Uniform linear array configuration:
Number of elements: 4
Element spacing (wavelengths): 0.5
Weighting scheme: uniform
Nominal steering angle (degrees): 60
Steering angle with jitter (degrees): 58.109
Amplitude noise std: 0.05
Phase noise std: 0.05

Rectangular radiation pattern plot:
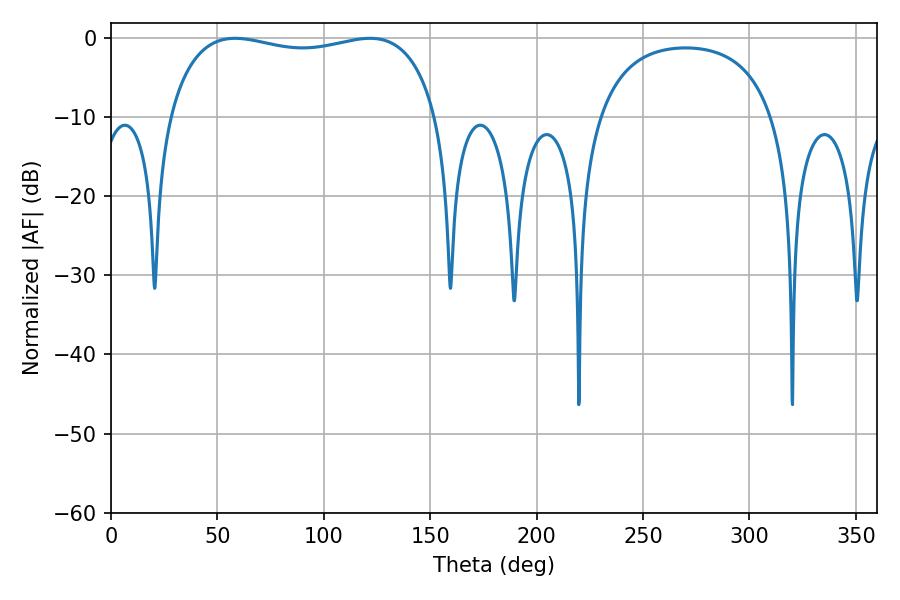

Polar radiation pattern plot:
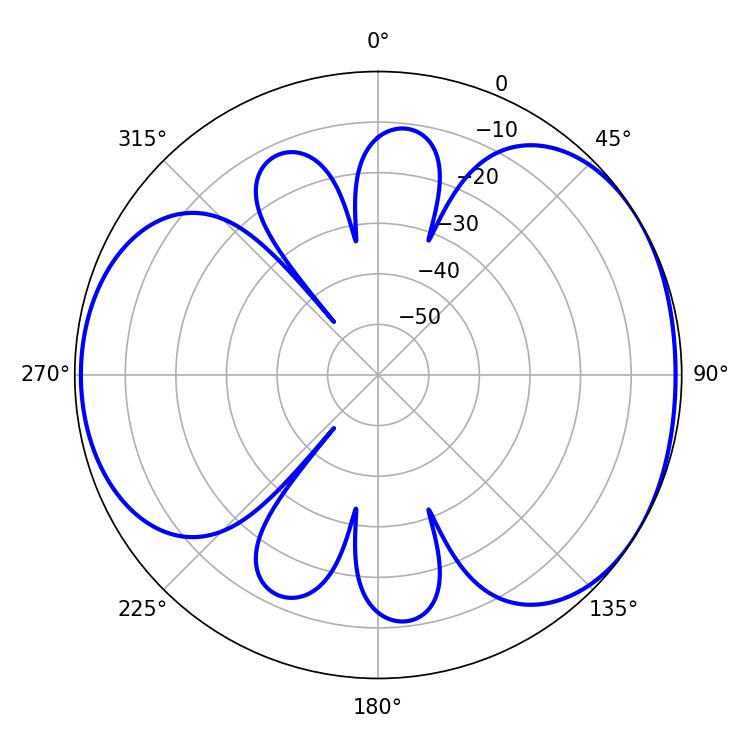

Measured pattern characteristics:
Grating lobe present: FALSE
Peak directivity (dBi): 4.512
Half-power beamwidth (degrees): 102.96
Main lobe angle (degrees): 58.32